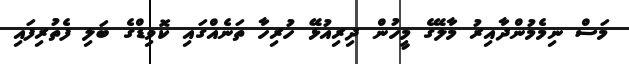
މަސް ނިމެމުންދާއިރު މާލޭގެ މީހުން ދިރިއުޅޭ ހުރިހާ ތަނެއްގައި ކޮވިޑްގެ ބަލި ފެތުރިފައި